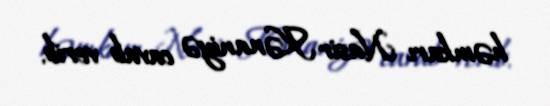
həmkarı Nasir Kənaniyə cavab verib.